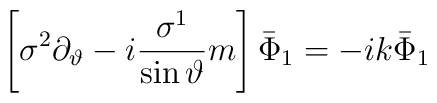
\left[ \sigma ^2\partial _\vartheta -i\frac{\sigma ^1}{\sin\vartheta }m\right] \bar \Phi _1=-ik\bar \Phi _1